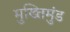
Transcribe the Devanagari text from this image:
मुख्तिमुंड